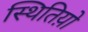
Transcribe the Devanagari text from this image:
स्थितिय़ो